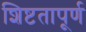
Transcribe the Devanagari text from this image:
शिष्टतापूर्ण